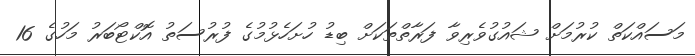
މަސައްކަތް ކުރުމަށް ޝައުގުވެރިވާ ފަރާތްތަކަށް ބިޑު ހުށަހެޅުމުގެ ފުރުސަތު އޮކްޓޯބަރު މަހުގެ 16